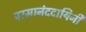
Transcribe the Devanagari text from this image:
परमानंददायिनी